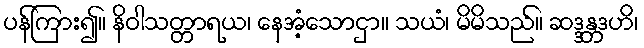
ပန်ကြား၍။ နိဝါသတ္တာရယ၊ နေအံ့သောငှာ။ သယံ၊ မိမိသည်။ ဆဒ္ဒန္တဒဟိ၊